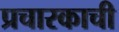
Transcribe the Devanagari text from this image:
प्रचारकाची